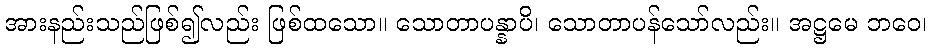
အားနည်းသည်ဖြစ်၍လည်း ဖြစ်ထသော။ သောတာပန္နာပိ၊ သောတာပန်သော်လည်း။ အဋ္ဌမေ ဘဝေ၊